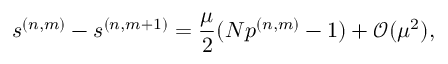
s ^ { ( n , m ) } - s ^ { ( n , m + 1 ) } = \frac { \mu } { 2 } ( N p ^ { ( n , m ) } - 1 ) + \mathcal { O } ( \mu ^ { 2 } ) ,